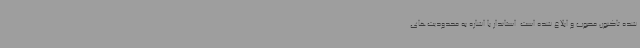
شده تاکنون مصوب و ابلاغ شده است. استاندار با اشاره به محدودیت‌های